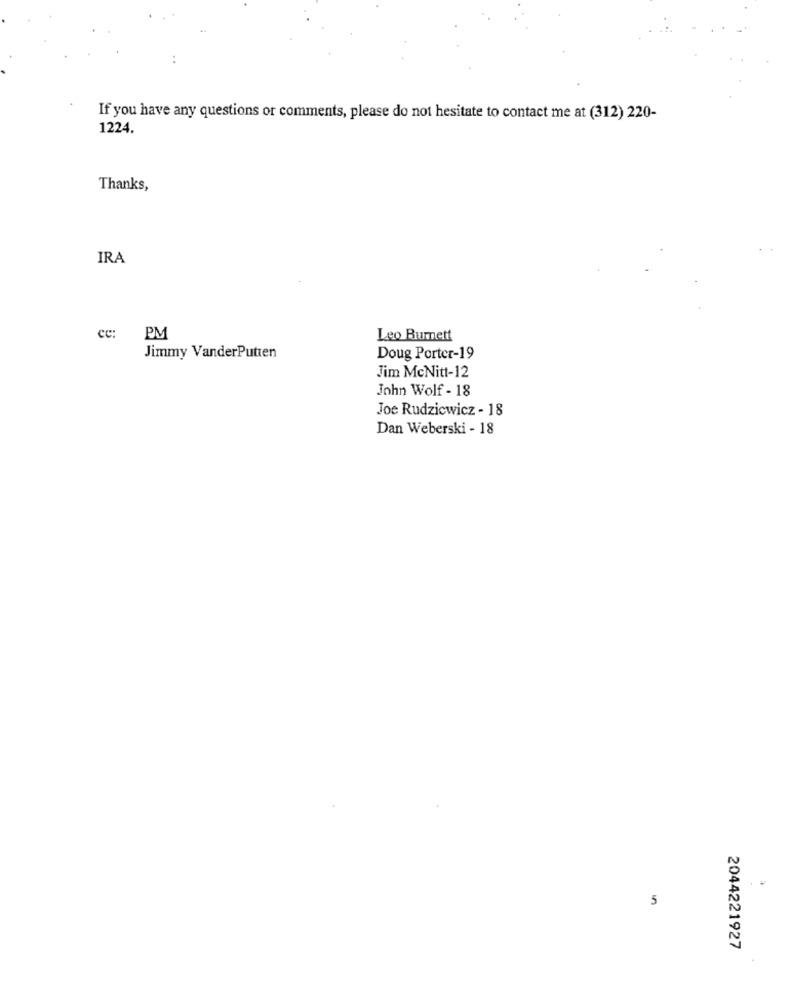
If you have any questions or comments, please do not hesitate to contact me at (312) 220-
1224.
Thanks,
IRA
cc:
PM
Leo Burnett
Jimmy VanderPutten
Doug Porter-19
Jim McNitt-12
John Wolf - 18
Joe Rudziewicz - 18
Dan Weberski - 18
5
2044221927